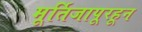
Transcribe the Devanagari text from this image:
मूर्तिजापूरहून